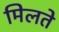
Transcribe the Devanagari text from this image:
मिलते